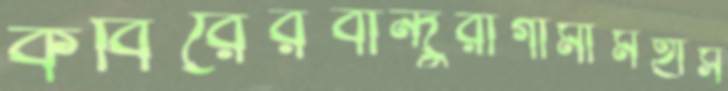
কবিরেরবান্দুরাগামীমহাস